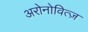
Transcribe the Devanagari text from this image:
अरोनोवित्ज़